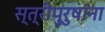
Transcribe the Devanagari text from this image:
स्त्रीपुरुषांना